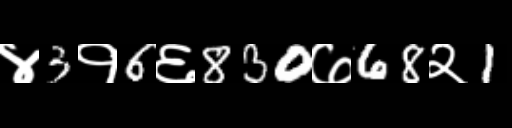
Text: ४3१6६830७68२1